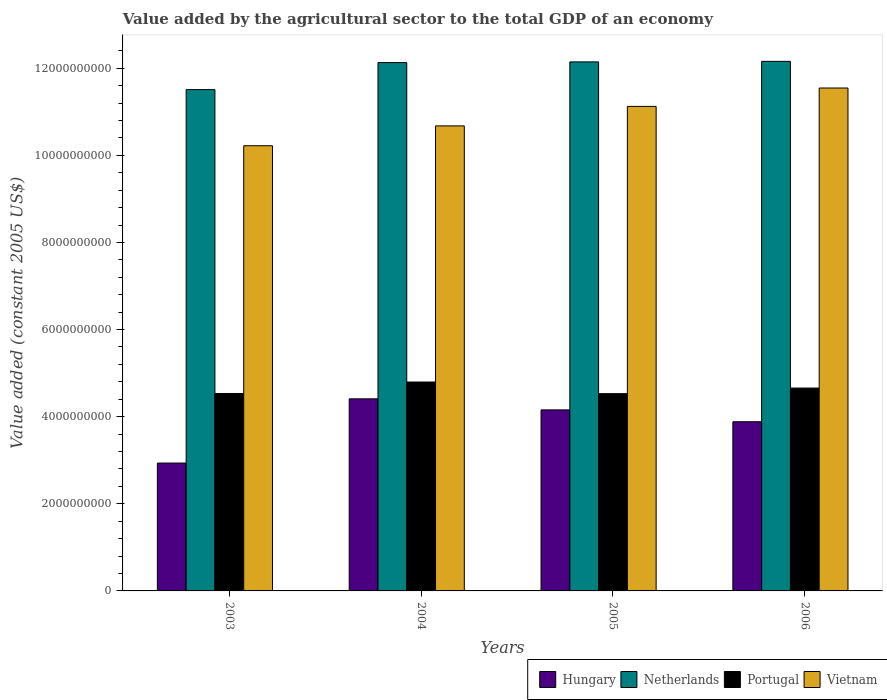
| Years | Hungary | Netherlands | Portugal | Vietnam |
 | --- | --- | --- | --- | --- |
 | 2003 | 2.94e+09 | 1.15e+10 | 4.53e+09 | 1.02e+10 |
 | 2004 | 4.41e+09 | 1.21e+10 | 4.8e+09 | 1.07e+10 |
 | 2005 | 4.16e+09 | 1.21e+10 | 4.53e+09 | 1.11e+10 |
 | 2006 | 3.88e+09 | 1.22e+10 | 4.66e+09 | 1.15e+10 |